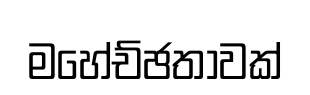
මහේච්ඡතාවක්